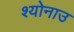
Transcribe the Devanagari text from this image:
श्योनाउ